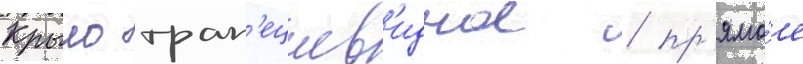
Крыло трап'ециев'идное / пр'ямо́е